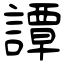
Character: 譚